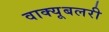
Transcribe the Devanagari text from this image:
वाक्यूबलरी